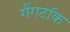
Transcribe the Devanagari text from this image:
गैंगटॉक